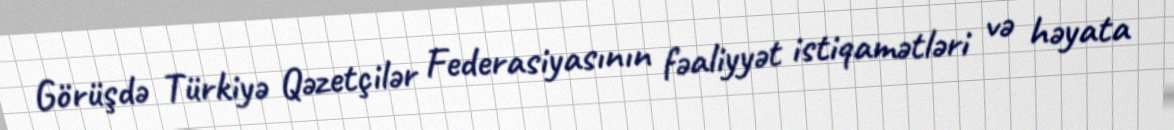
Görüşdə Türkiyə Qəzetçilər Federasiyasının fəaliyyət istiqamətləri və həyata